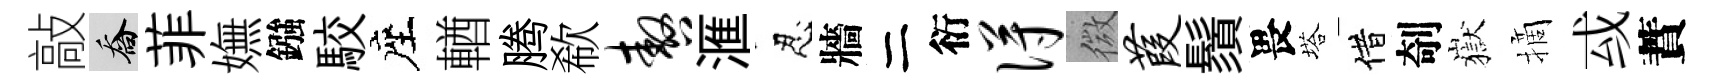
敲喬菲嫵鏹駮座輶腾欷嗷滙忍牆二衍得微葭鬚畏塔借剞嶽摘㦯蕡